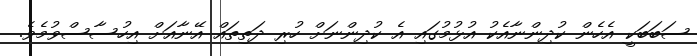
ސަބަބަކީ އެހެން ކުދިންނާއެކު އުޅުމުގައި އެ ކުދިންނަށް ހުރި ދަތިތައް އޭނާއަށް އިހުސާސްވުމެވެ.